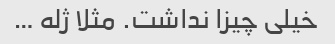
خیلی چیزا نداشت. مثلا ژله …